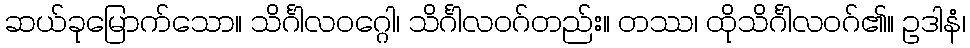
ဆယ်ခုမြောက်သော။ သိင်္ဂါလဝဂ္ဂေါ၊ သိင်္ဂါလဝဂ်တည်း။ တဿ၊ ထိုသိင်္ဂါလဝဂ်၏။ ဥဒါနံ၊